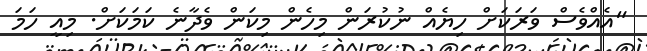
"އެއްވެސް ވަރަކަށް ހިޔެއް ނުކުރަން މިހެން މިކަން ވެދާނެ ކަމަކަށް. މިއީ ހަމަ